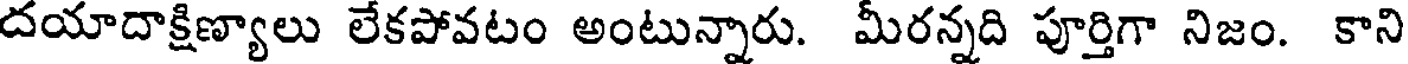
దయాదాక్షిణ్యాలు లేకపోవటం అంటున్నారు. మీరన్నది పూర్తిగా నిజం. కాని